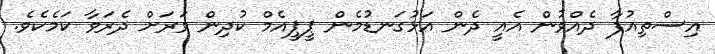
އިސްތިއުފާ ދެއްްވުން އެއީ ދެން އަޅުގަނޑުމެން ޕީޕީއެމް ކުދިން ވަރަށް ދެރަވާ ކަމެކެވެ.